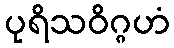
ပုရိသဝိဂ္ဂဟံ